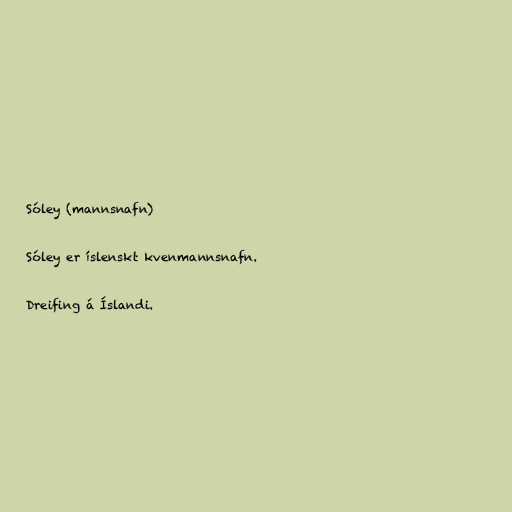
Sóley (mannsnafn)

Sóley er íslenskt kvenmannsnafn.

Dreifing á Íslandi.